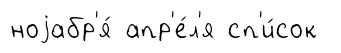
ноjабр'я́ апр'е́л'я сп'и́сок